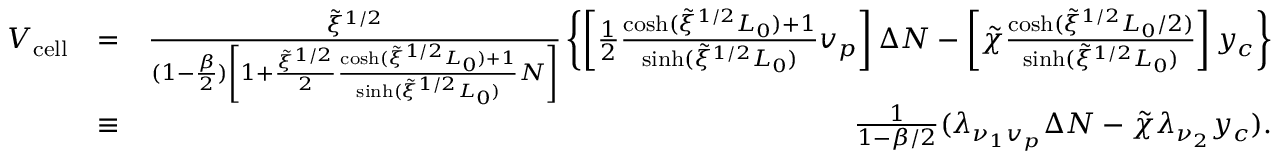
\begin{array} { r l r } { V _ { \mathrm { c e l l } } } & { = } & { \frac { \tilde { \xi } ^ { 1 / 2 } } { ( 1 - \frac { \beta } { 2 } ) \left[ 1 + \frac { \tilde { \xi } ^ { 1 / 2 } } { 2 } \frac { \cosh ( \tilde { \xi } ^ { 1 / 2 } L _ { 0 } ) + 1 } { \sinh ( \tilde { \xi } ^ { 1 / 2 } L _ { 0 } ) } N \right] } \left\{ \left[ \frac { 1 } { 2 } \frac { \cosh ( \tilde { \xi } ^ { 1 / 2 } L _ { 0 } ) + 1 } { \sinh ( \tilde { \xi } ^ { 1 / 2 } L _ { 0 } ) } v _ { p } \right] \Delta N - \left[ \tilde { \chi } \frac { \cosh ( \tilde { \xi } ^ { 1 / 2 } L _ { 0 } / 2 ) } { \sinh ( \tilde { \xi } ^ { 1 / 2 } L _ { 0 } ) } \right] y _ { c } \right\} } \\ & { \equiv } & { \frac { 1 } { 1 - \beta / 2 } ( \lambda _ { \nu _ { 1 } v _ { p } } \Delta N - \tilde { \chi } \lambda _ { \nu _ { 2 } } y _ { c } ) . } \end{array}